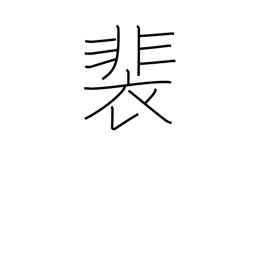
Meaning: long robes